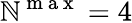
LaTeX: \mathbb{N}^{\mathrm{{~m~a~x~}}}=4